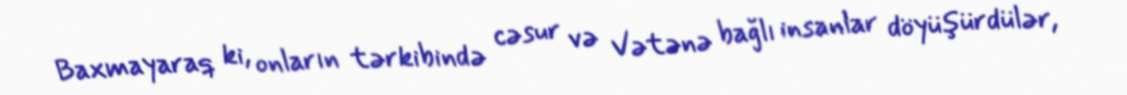
Baxmayaraq ki, onların tərkibində cəsur və Vətənə bağlı insanlar döyüşürdülər,